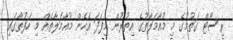
ރިސޯޓް ގަތުމުގެ މި މުއާމަލާތުގެ އިތުރުން މިފަދަ އެހެން މުއާމަލާތެއް މި ހަފުތާގައި